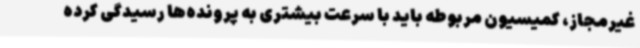
غیرمجاز، کمیسیون مربوطه باید با سرعت بیشتری به پرونده‌ها رسیدگی کرده